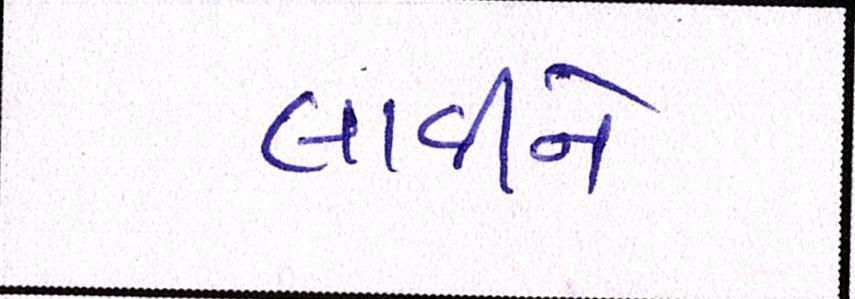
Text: લાવીને